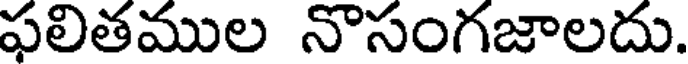
ఫలితముల నొసంగజాలదు.